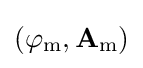
(\varphi _{\mathrm {m} },\mathbf {A} _{\mathrm {m} })